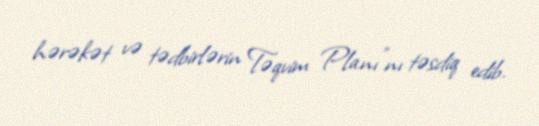
hərəkət və tədbirlərin Təqvim Planı”nı təsdiq edib.